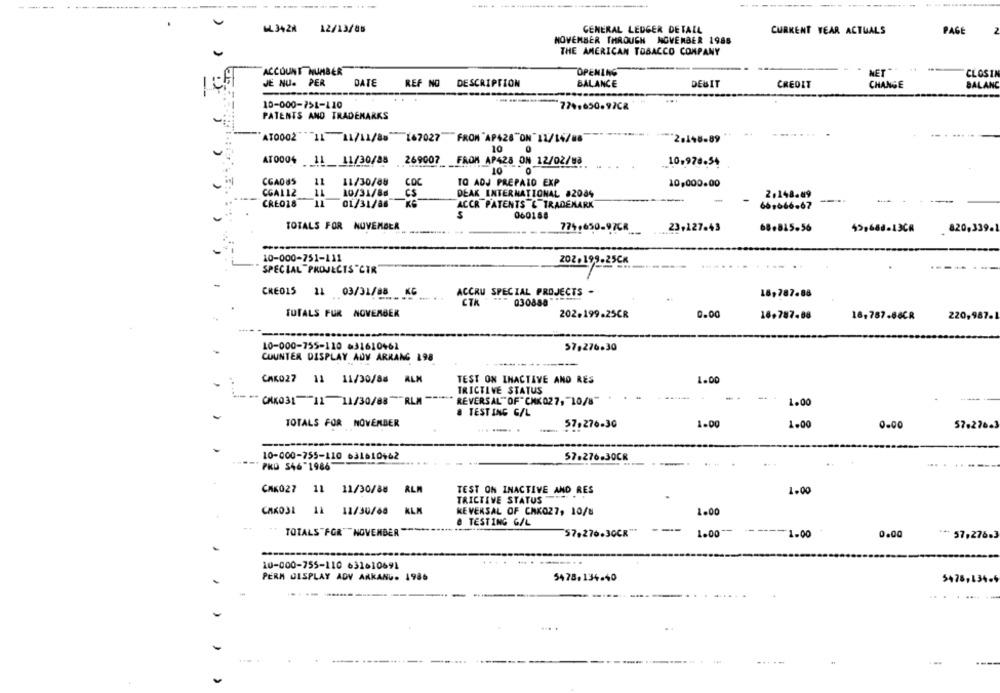
W.3428
12/13/85
GENERAL LEDGER DETALL
CURKENT WEAR ACTUALS
PAGE
NOVEMBER THROUGH NOVEMBER 1986
THE AMERICAN TOBACCO COMPANY
ACCOUNT NUMBER
OPENING
NET
CLOSIN
JE NU. PER
DATE
REF NO DESCRIPTION
BALANCE
BALANC
DEBIT
CREDIT
CHANGE
10-000-751-110
PATENTS AND TRADEMARKS
AT0002 11 11/11/88"[67027 FROM 'AP428"ON "11/14/88
2.148-89
10
269007
FROM AP428 ON 12/02/88
AT0004 11 _11/30/88
10.970.34
10
CGADUS
11
11/30/88
COC
TO ADJ PREPAID EXP
10,000.00
CGA112
11
10/31/86
CS
DEAK INTERNATIONAL 82084
2.148.89
CREO18
01/31/88
ACCR PATENTS & TRADEMARK
66,666.67
060188
TOTALS FOR NOVEMBER
774.650-97CR
23,127-43
68.815.56
45,688-13CR
820,33
10-000-751-111
202,199.25C
SPECIAL PROJECTS CTR
ACCRU SPECIAL PROJECTS -
CRE015 11 03/31/88 KG
16,787.88
CTK
030888 **
TOTALS FUR NOVEMBER
202.199.25CR
0.00
16.787.88
18,787.88CR
220,987.1
10-000-755-110 631610461
57.276.30
COUNTER DISPLAY ADV ARRANG 198
CAK027 11 11/30/88 ALM
TEST ON INACTIVE AND RES
1.00
TRICTIVE STATUS
CHKO31-11 11/30/88""RLM -= "
REVERSAL"OF" CHK027, - 10/8"
1.00
# TESTING G/L
TOTALS FOR NOVEMBER
1.00
57.276.30
1.00
0.00
57.276.3
10-000-755-110 631610462
57.276.30CR
PKD 546-1986
CAK027 11 11/30/88 RLM
TEST ON INACTIVE AND RES
1.00
TRICTIVE STATUS
CHKO3E 11 11/30/60
KEVERSAL OF CAKOZ7, 10/8
1.00
& TESTING G/L
TOTALS FOR"NOVEMBER "
57.276.30CR"
1.00
1.00
0.00
" ** 57.276.3
10-000-755-110 631610691
PERM DISPLAY ADV ARKANU. 1986
5478,134-40
5478,